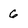
Character: 6